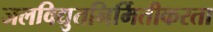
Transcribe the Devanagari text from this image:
जलविद्युतनिर्मितीकरता